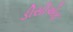
ડીસીએફ